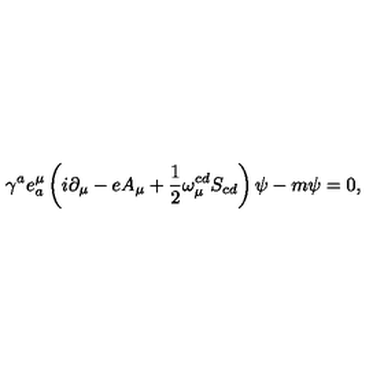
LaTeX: { \gamma } ^ { a } e _ { a } ^ { \mu } \left( i \partial _ { \mu } - e A _ { \mu } + \frac { 1 } { 2 } \omega _ { \mu } ^ { c d } S _ { c d } \right) \psi - m \psi = 0 ,